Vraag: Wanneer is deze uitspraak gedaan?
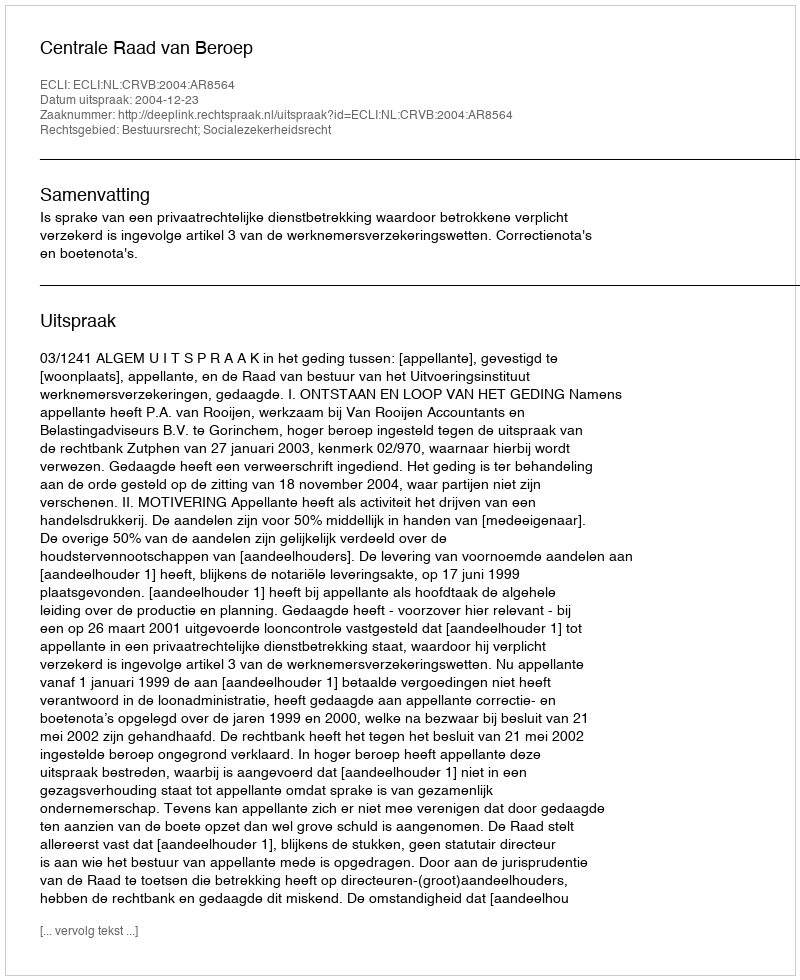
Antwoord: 2004-12-23